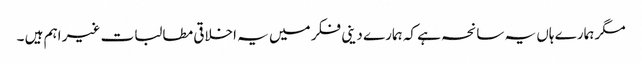
مگر ہمارے ہاں یہ سانحہ ہے کہ ہمارے دینی فکر میں یہ اخلاقی مطالبات غیر اہم ہیں ۔